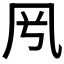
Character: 𠘵